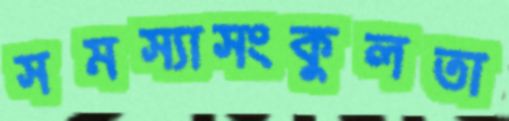
সমস্যাসংকুলতা